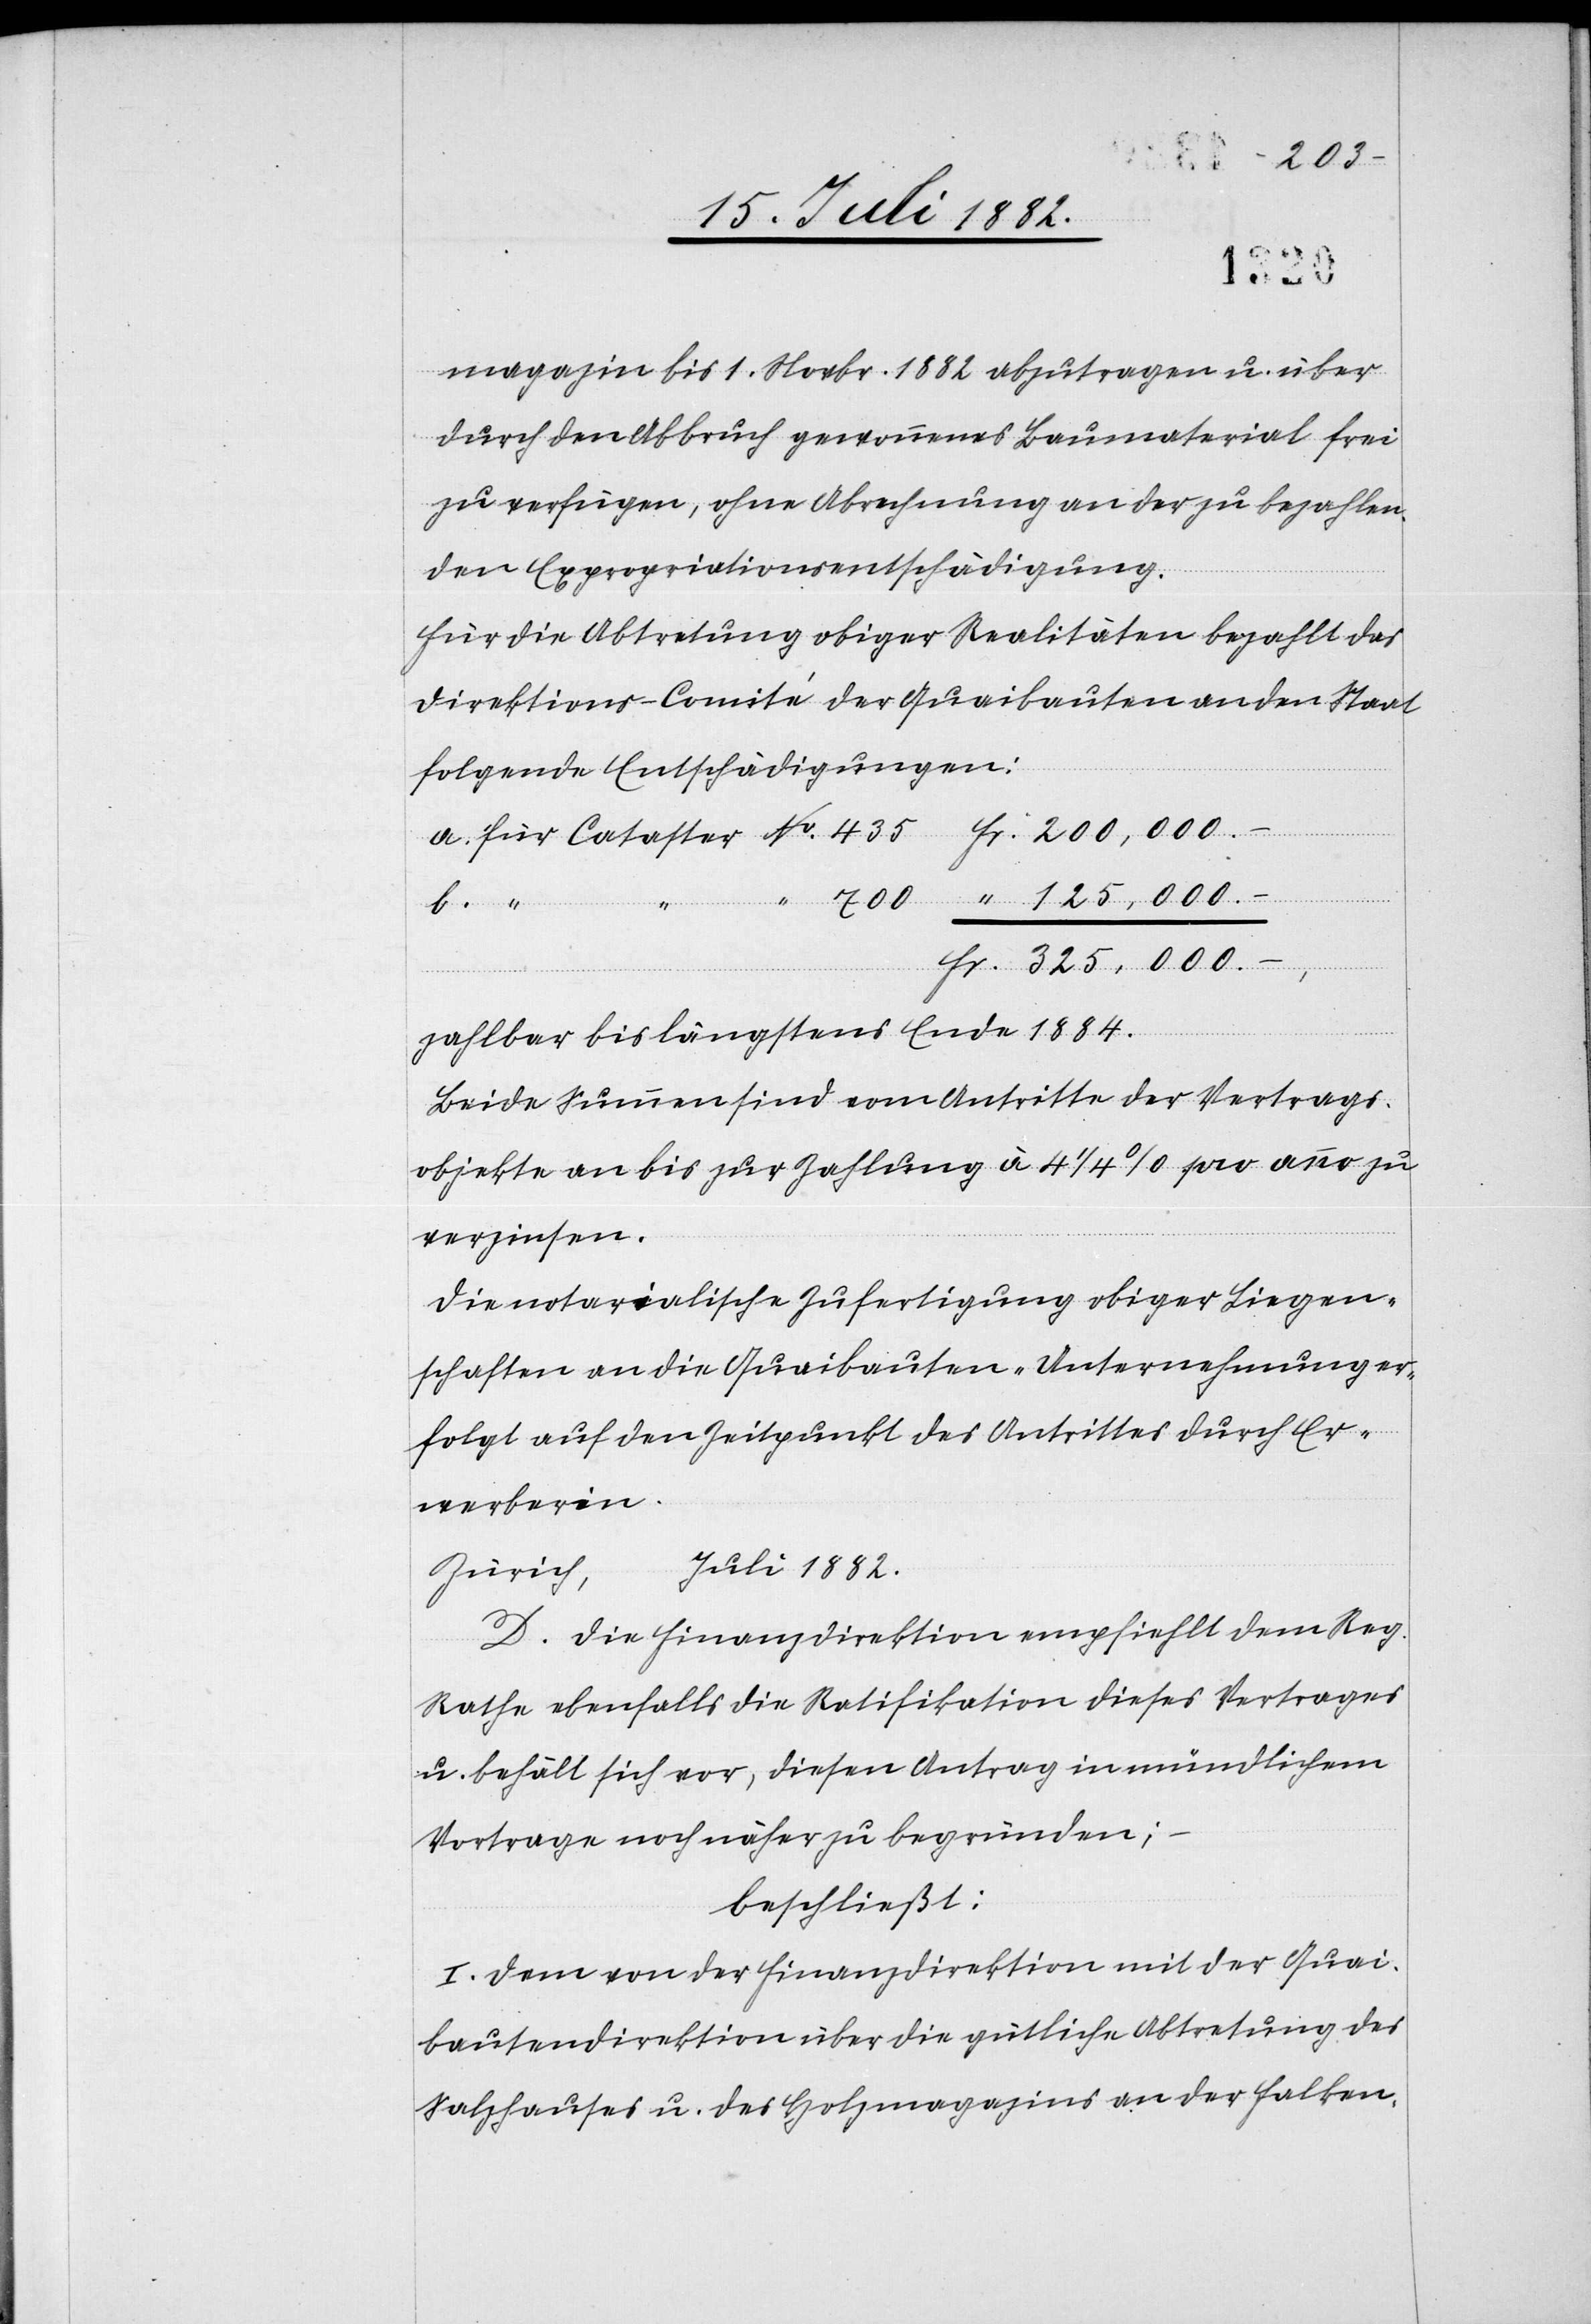
werberin.
magazin bis 1. Novbr. 1882 abzutragen u. über
durch den Abbruch gewonnenes Baumaterial frei
zu verfügen, ohne Abrechnung an der zu bezahlen¬
den Expropriationsentschädigung.
Für die Abtretung obiger Realitäten bezahlt das
Direktions-Comité der Quaibauten an den Staat
folgende Entschädigungen:
325,000.
zahlbar bis längstens Ende 1884.
Beide Summen sind vom Antritte der Vertrags¬
objekte an bis zur Zahlung à 41/4% pro anno zu
verzinsen.
Die notarialische Zufertigung obiger Liegen¬
schaften an die Quaibauten-Unternehmung er¬
folgt auf den Zeitpunkt des Antrittes durch Er¬
Juli 1882.
Zürich,
D. Die Finanzdirektion empfiehlt dem Reg.
Rathe ebenfalls die Ratifikation dieses Vertrages
u. behält sich vor, diesen Antrag in mündlichem
Vortrage noch näher zu begründen;
beschließt:
I. Dem von der Finanzdirektion mit der Quai¬
bautendirektion über die gütliche Abtretung des
Salzhauses u. des Holzmagazins an der Falken-